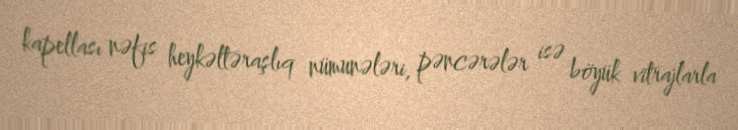
kapellası nəfis heykəltəraşlıq nümunələri, pəncərələr isə böyük vitrajlarla